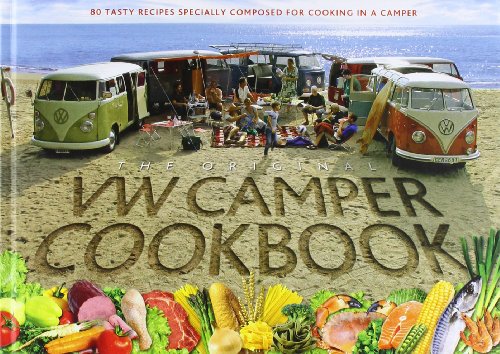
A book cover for The Original VW Camper Cookbook: 80 Tasty Recipes Specially Composed for Cooking in a Camper; Lennart Hannu; Cookbooks, Food & Wine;